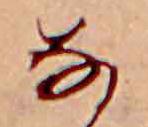
な